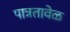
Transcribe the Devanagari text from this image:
पात्रतावेळ